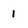
Character: 1